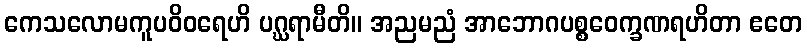
ကေသလောမကူပဝိဝရေဟိ ပဂ္ဃရာမီတိ။ အညမညံ အာဘောဂပစ္စဝေက္ခဏရဟိတာ ဧတေ